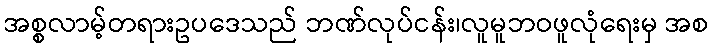
အစ္စလာမ့်တရားဥပဒေသည် ဘဏ်လုပ်ငန်း၊လူမူဘဝဖူလုံရေးမှ အစ